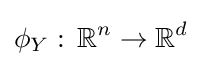
\phi _{Y}:\,\mathbb {R} ^{n}\rightarrow \mathbb {R} ^{d}